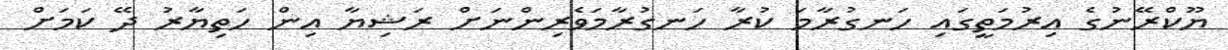
ޔޫކްރޭނުގެ އިރުމަތީގައި ހަނގުރާމަ ކުރާ ހަނގުރާމަވެރިންނަށް ރަޝިޔާ އިން ހަތިޔާރު ދޭ ކަމަށް